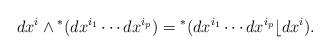
LaTeX: \begin{align*}dx^i \wedge {}^*(dx^{i_1}\cdots dx^{i_p})={}^*(dx^{i_1}\cdots dx^{i_p}\lfloor dx^i).\end{align*}